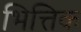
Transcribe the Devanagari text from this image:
भित्तिक